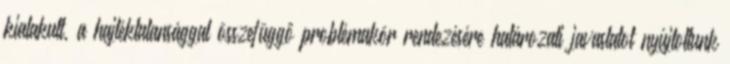
kialakult, a hajléktalansággal összefüggő problémakör rendezésére határozati javaslatot nyújtottunk